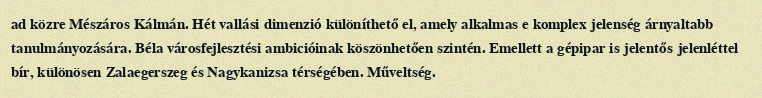
ad közre Mészáros Kálmán. Hét vallási dimenzió különíthető el, amely alkalmas e komplex jelenség árnyaltabb tanulmányozására. Béla városfejlesztési ambicióinak köszönhetően szintén. Emellett a gépipar is jelentős jelenléttel bír, különösen Zalaegerszeg és Nagykanizsa térségében. Műveltség.